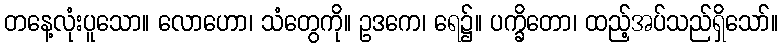
တနေ့လုံးပူသော။ လောဟော၊ သံတွေကို။ ဥဒကေ၊ ရေ၌။ ပက္ခိတော၊ ထည့်အပ်သည်ရှိသော်။